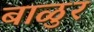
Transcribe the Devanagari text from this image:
बाळुर